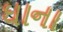
ઘાના